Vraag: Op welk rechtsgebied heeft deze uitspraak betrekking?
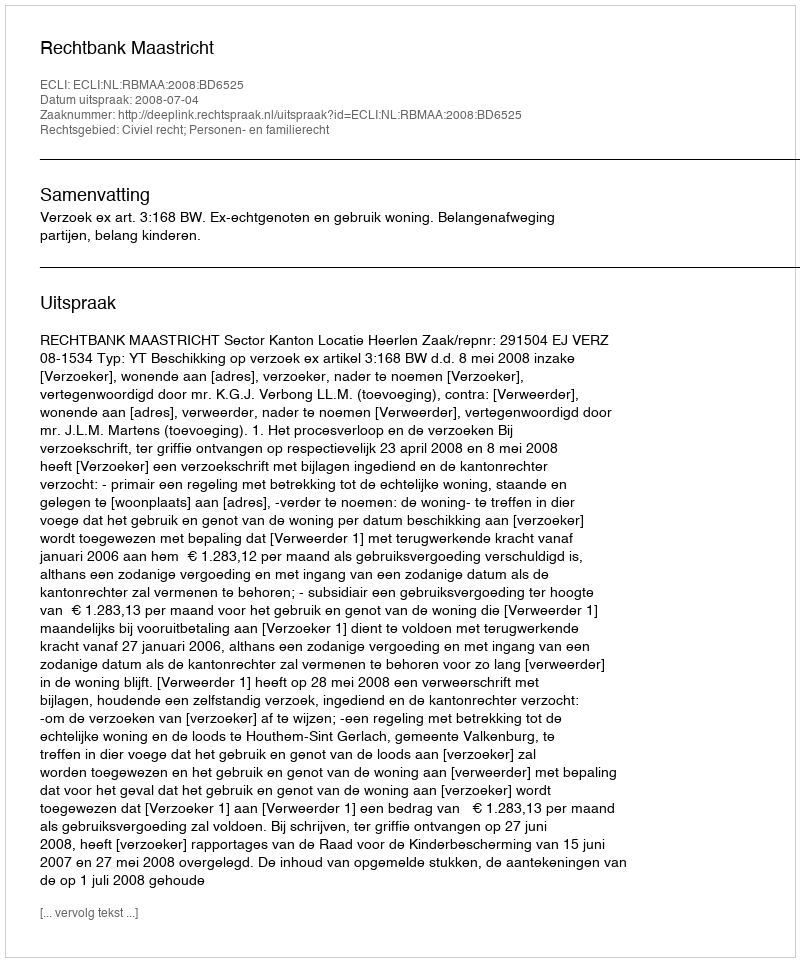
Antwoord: Civiel recht; Personen- en familierecht